Indian journal of veterinary science and animal husbandry - Volume 2,
Year: 1932
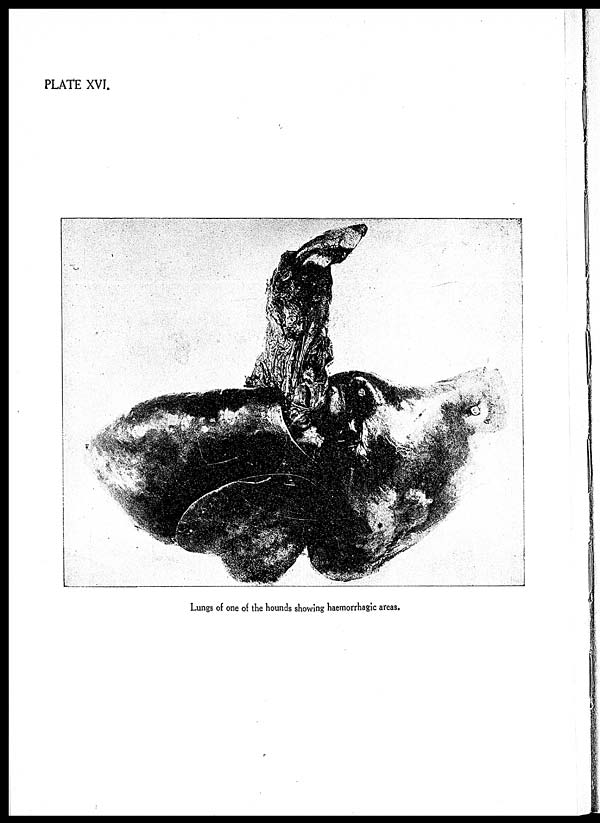
PLATE XVI.
Lungs of one of the hounds showing haemorrhagic areas.